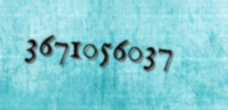
3671056037